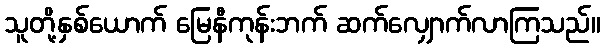
သူတို့နှစ်ယောက် မြေနီကုန်းဘက် ဆက်လျှောက်လာကြသည်။